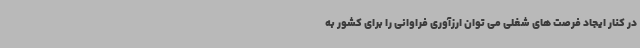
در کنار ایجاد فرصت های شغلی می توان ارزآوری فراوانی را برای کشور به